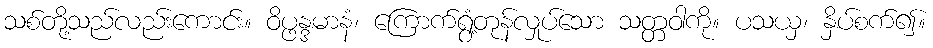
သစ်တို့သည်လည်းကောင်း။ ဝိပ္ဖန္ဒမာနံ၊ ကြောက်ရွံ့တုန်လှုပ်သော သတ္တဝါကို။ ပသယှ၊ နှိပ်စက်၍။